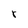
Character: r